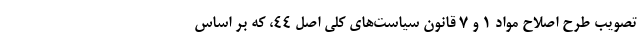
تصویب طرح اصلاح مواد ۱ و ۷ قانون سیاست‌های کلی اصل ۴۴، که بر اساس